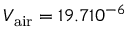
V _ { \mathrm { a i r } } = 1 9 . 7 1 0 ^ { - 6 }